Annual vaccination report of Bihar and Orissa - 1911-1928
Year: 1911
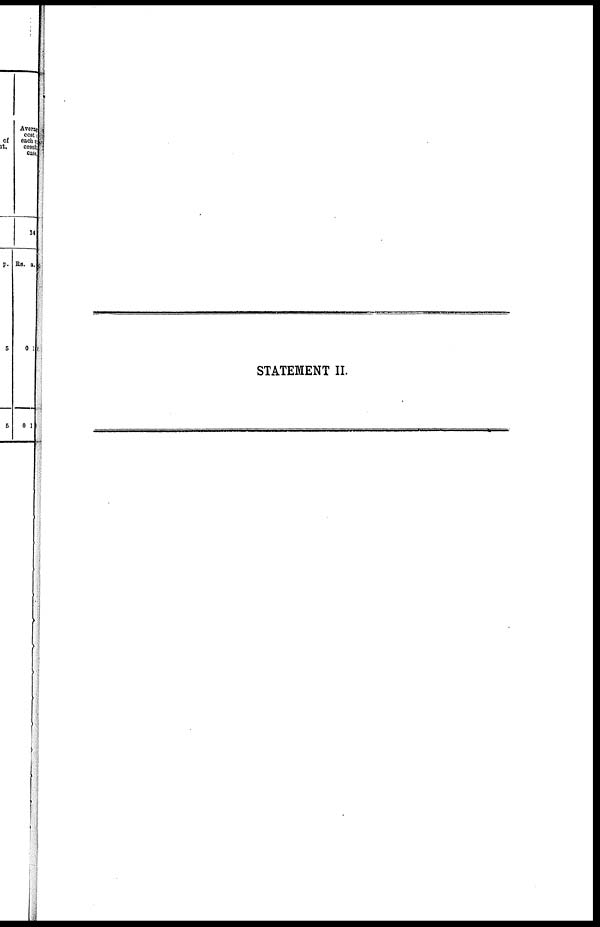
STATEMENT II.